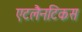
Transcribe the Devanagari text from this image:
एटलैनटिकस